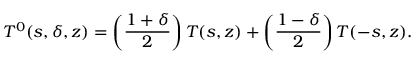
T ^ { 0 } ( s , \delta , z ) = \left( \frac { 1 + \delta } { 2 } \right) { \cal T } ( s , z ) + \left( \frac { 1 - \delta } { 2 } \right) { \cal T } ( - s , z ) .